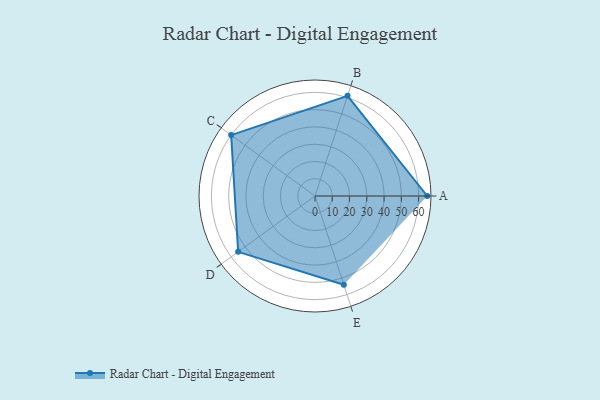
{"axis": {"x": "Skill", "y": "Score"}, "legend": ["Profile"], "data": [{"x": "A", "y": 65.0, "type": "Profile"}, {"x": "B", "y": 61.0, "type": "Profile"}, {"x": "C", "y": 60.0, "type": "Profile"}, {"x": "D", "y": 55.0, "type": "Profile"}, {"x": "E", "y": 54.0, "type": "Profile"}]}